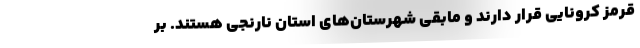
قرمز کرونایی قرار دارند و مابقی شهرستان‌های استان نارنجی هستند. بر